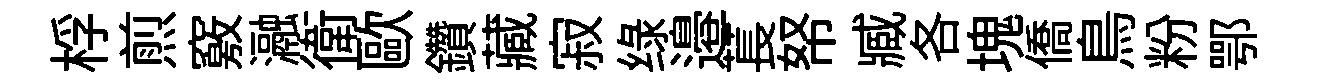
桴煎竅瀜衛歐鑽藏寂绿邉萇帑臧各塊僑鳥粉鄂